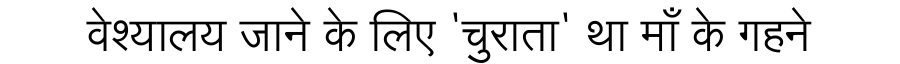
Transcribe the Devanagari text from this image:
वेश्यालय जाने के लिए 'चुराता' था माँ के गहने